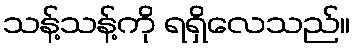
သန့်သန့်ကို ရရှိလေသည်။